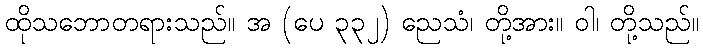
ထိုသဘောတရားသည်။ အ (ပေ ၃၃၂) ညေသံ၊ တို့အား။ ဝါ၊ တို့သည်။